Newspaper: The Dalles times-mountaineer. [volume]
Place of publication: The Dalles, Or.
Publisher: Times-Mountaineer Pub. Co.
Date: 1895-06-01 00:00:00
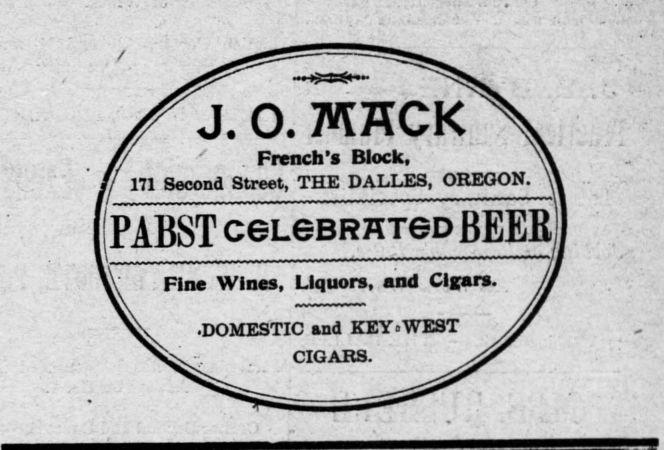
Advertisement text (OCR):
J. 0. TCHCK . French's 171 Second Street, THE PABST CGL6BRHT6D BEER Fine Wines, Liquors, and Cigars. .DOMESTIC and CIGARS. Block, DALLES, OREGON. KEY WEST
Label: text-only